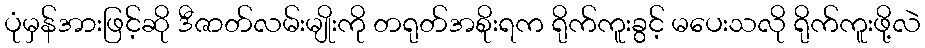
ပုံမှန်အားဖြင့်ဆို ဒီဇာတ်လမ်းမျိုးကို တရုတ်အစိုးရက ရိုက်ကူးခွင့် မပေးသလို ရိုက်ကူးဖို့လဲ